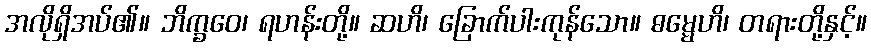
အလိုရှိအပ်၏။ ဘိက္ခဝေ၊ ရဟန်းတို့။ ဆဟိ၊ ခြောက်ပါးကုန်သော။ ဓမ္မေဟိ၊ တရားတို့နှင့်။